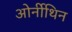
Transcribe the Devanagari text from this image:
ओर्नीथिन